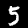
Label: 5